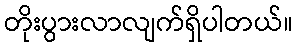
တိုးပွားလာလျက်ရှိပါတယ်။